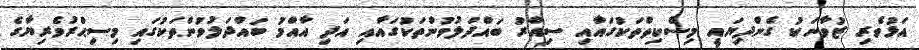
އަޅުވެރި ޒުވާނަކު ގެންދިޔައީ މިސްކިތްތަކުގައާއި ސިއްރު ބައްދަލުވުންތަކުގައާއި އަދި އާއްމު ބައްދަލުވުންތަކުގައި މިސިޙްރުވެރިޔާގެ